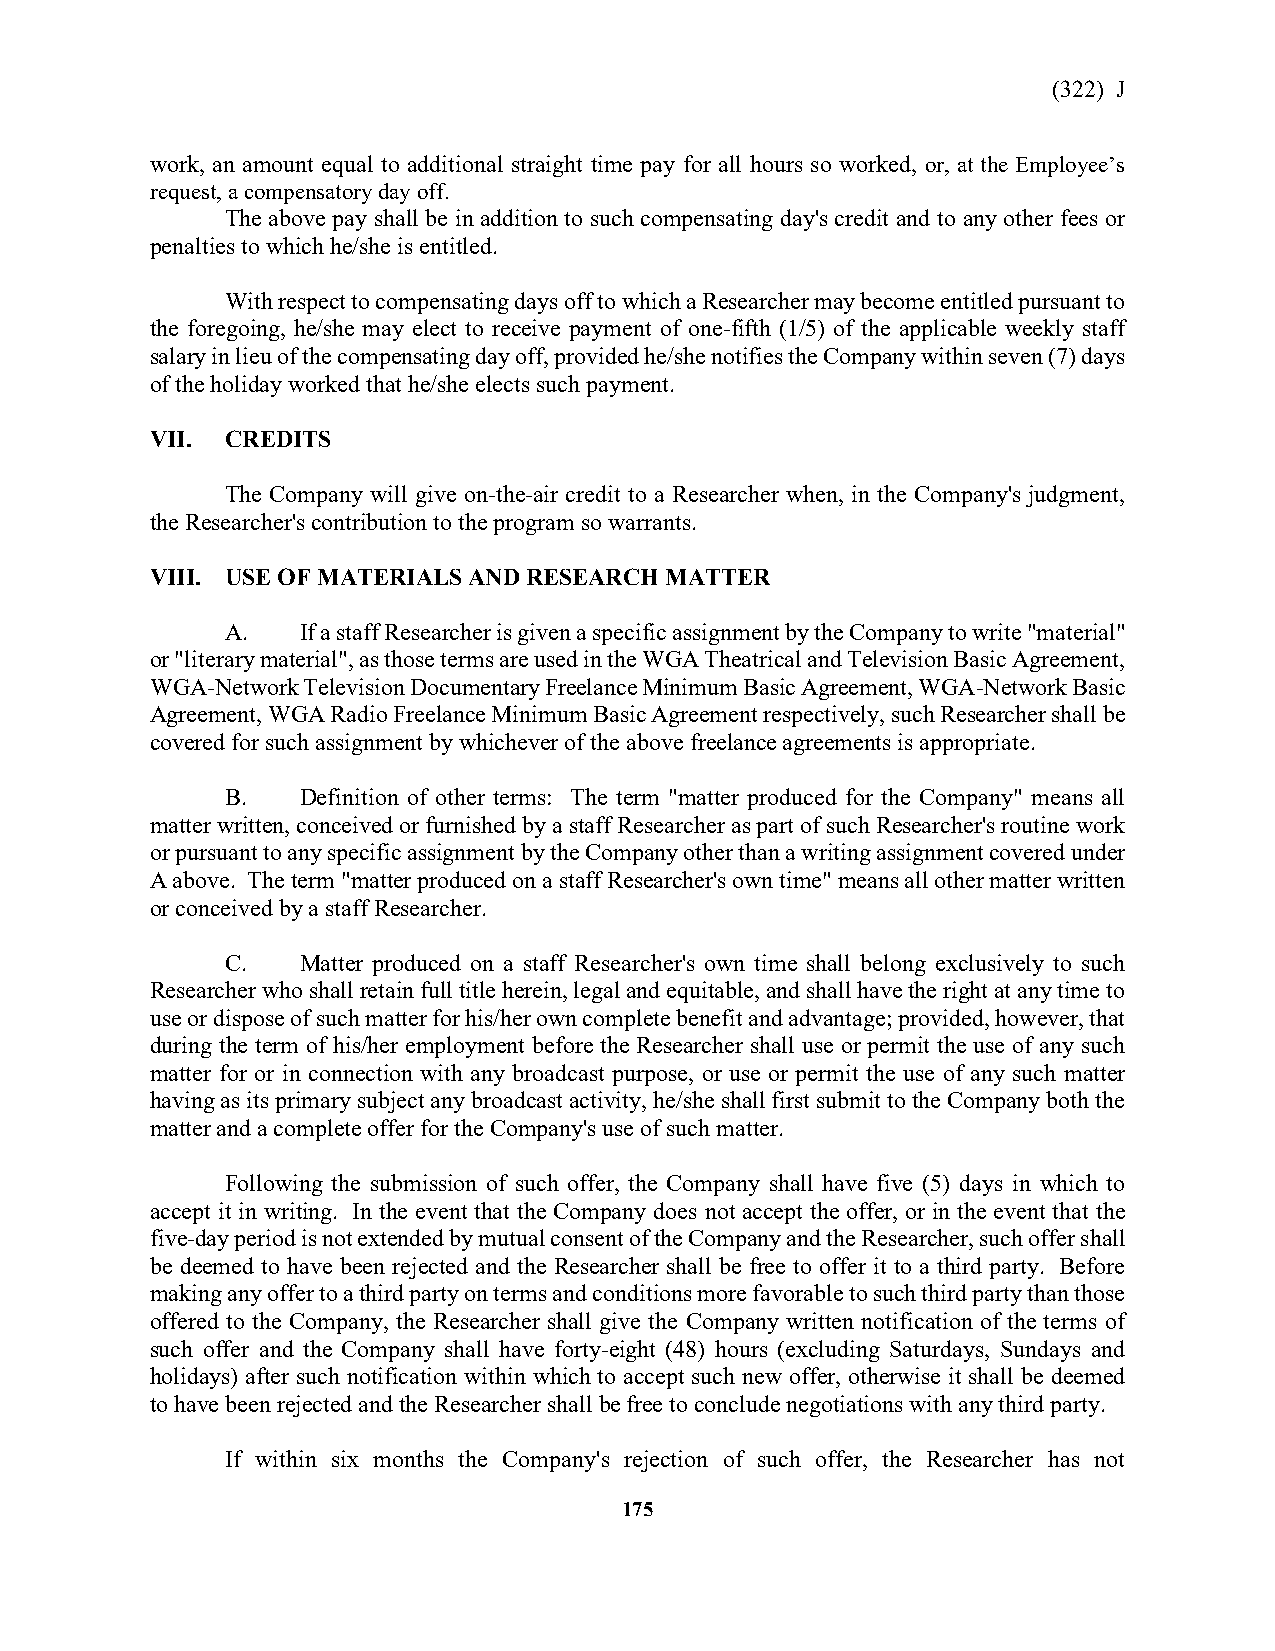
(322) J
 work, an amount equal to additional straight time pay for all hours so worked, or, at the Employee’s
 request, a compensatory day off.
 The above pay shall be in addition to such compensating day's credit and to any other fees or
 penalties to which he/she is entitled.
 With respect to compensating days off to which a Researcher may become entitled pursuant to
 the foregoing, he/she may elect to receive payment of one-fifth (1/5) of the applicable weekly staff
 salary in lieu of the compensating day off, provided he/she notifies the Company within seven (7) days
 of the holiday worked that he/she elects such payment.
 VII. CREDITS
 The Company will give on-the-air credit to a Researcher when, in the Company's judgment,
 the Researcher's contribution to the program so warrants.
 VIII. USE OF MATERIALS AND RESEARCH MATTER
 A.   If a staff Researcher is given a specific assignment by the Company to write "material"
 or "literary material", as those terms are used in the WGA Theatrical and Television Basic Agreement,
 WGA-Network Television Documentary Freelance Minimum Basic Agreement, WGA-Network Basic
 Agreement, WGA Radio Freelance Minimum Basic Agreement respectively, such Researcher shall be
 covered for such assignment by whichever of the above freelance agreements is appropriate.
 B.   Definition of other terms: The term "matter produced for the Company" means all
 matter written, conceived or furnished by a staff Researcher as part of such Researcher's routine work
 or pursuant to any specific assignment by the Company other than a writing assignment covered under
 A above. The term "matter produced on a staff Researcher's own time" means all other matter written
 or conceived by a staff Researcher.
 C.   Matter produced on a staff Researcher's own time shall belong exclusively to such
 Researcher who shall retain full title herein, legal and equitable, and shall have the right at any time to
 use or dispose of such matter for his/her own complete benefit and advantage; provided, however, that
 during the term of his/her employment before the Researcher shall use or permit the use of any such
 matter for or in connection with any broadcast purpose, or use or permit the use of any such matter
 having as its primary subject any broadcast activity, he/she shall first submit to the Company both the
 matter and a complete offer for the Company's use of such matter.
 Following the submission of such offer, the Company shall have five (5) days in which to
 accept it in writing. In the event that the Company does not accept the offer, or in the event that the
 five-day period is not extended by mutual consent of the Company and the Researcher, such offer shall
 be deemed to have been rejected and the Researcher shall be free to offer it to a third party. Before
 making any offer to a third party on terms and conditions more favorable to such third party than those
 offered to the Company, the Researcher shall give the Company written notification of the terms of
 such offer and the Company shall have forty-eight (48) hours (excluding Saturdays, Sundays and
 holidays) after such notification within which to accept such new offer, otherwise it shall be deemed
 to have been rejected and the Researcher shall be free to conclude negotiations with any third party.
 If within six months the Company's rejection of such offer, the Researcher has not
 175